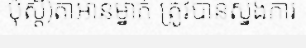
ប៉ុស្តិ៍)តាអានម្នាក់ ត្រូវបានស្នងការ